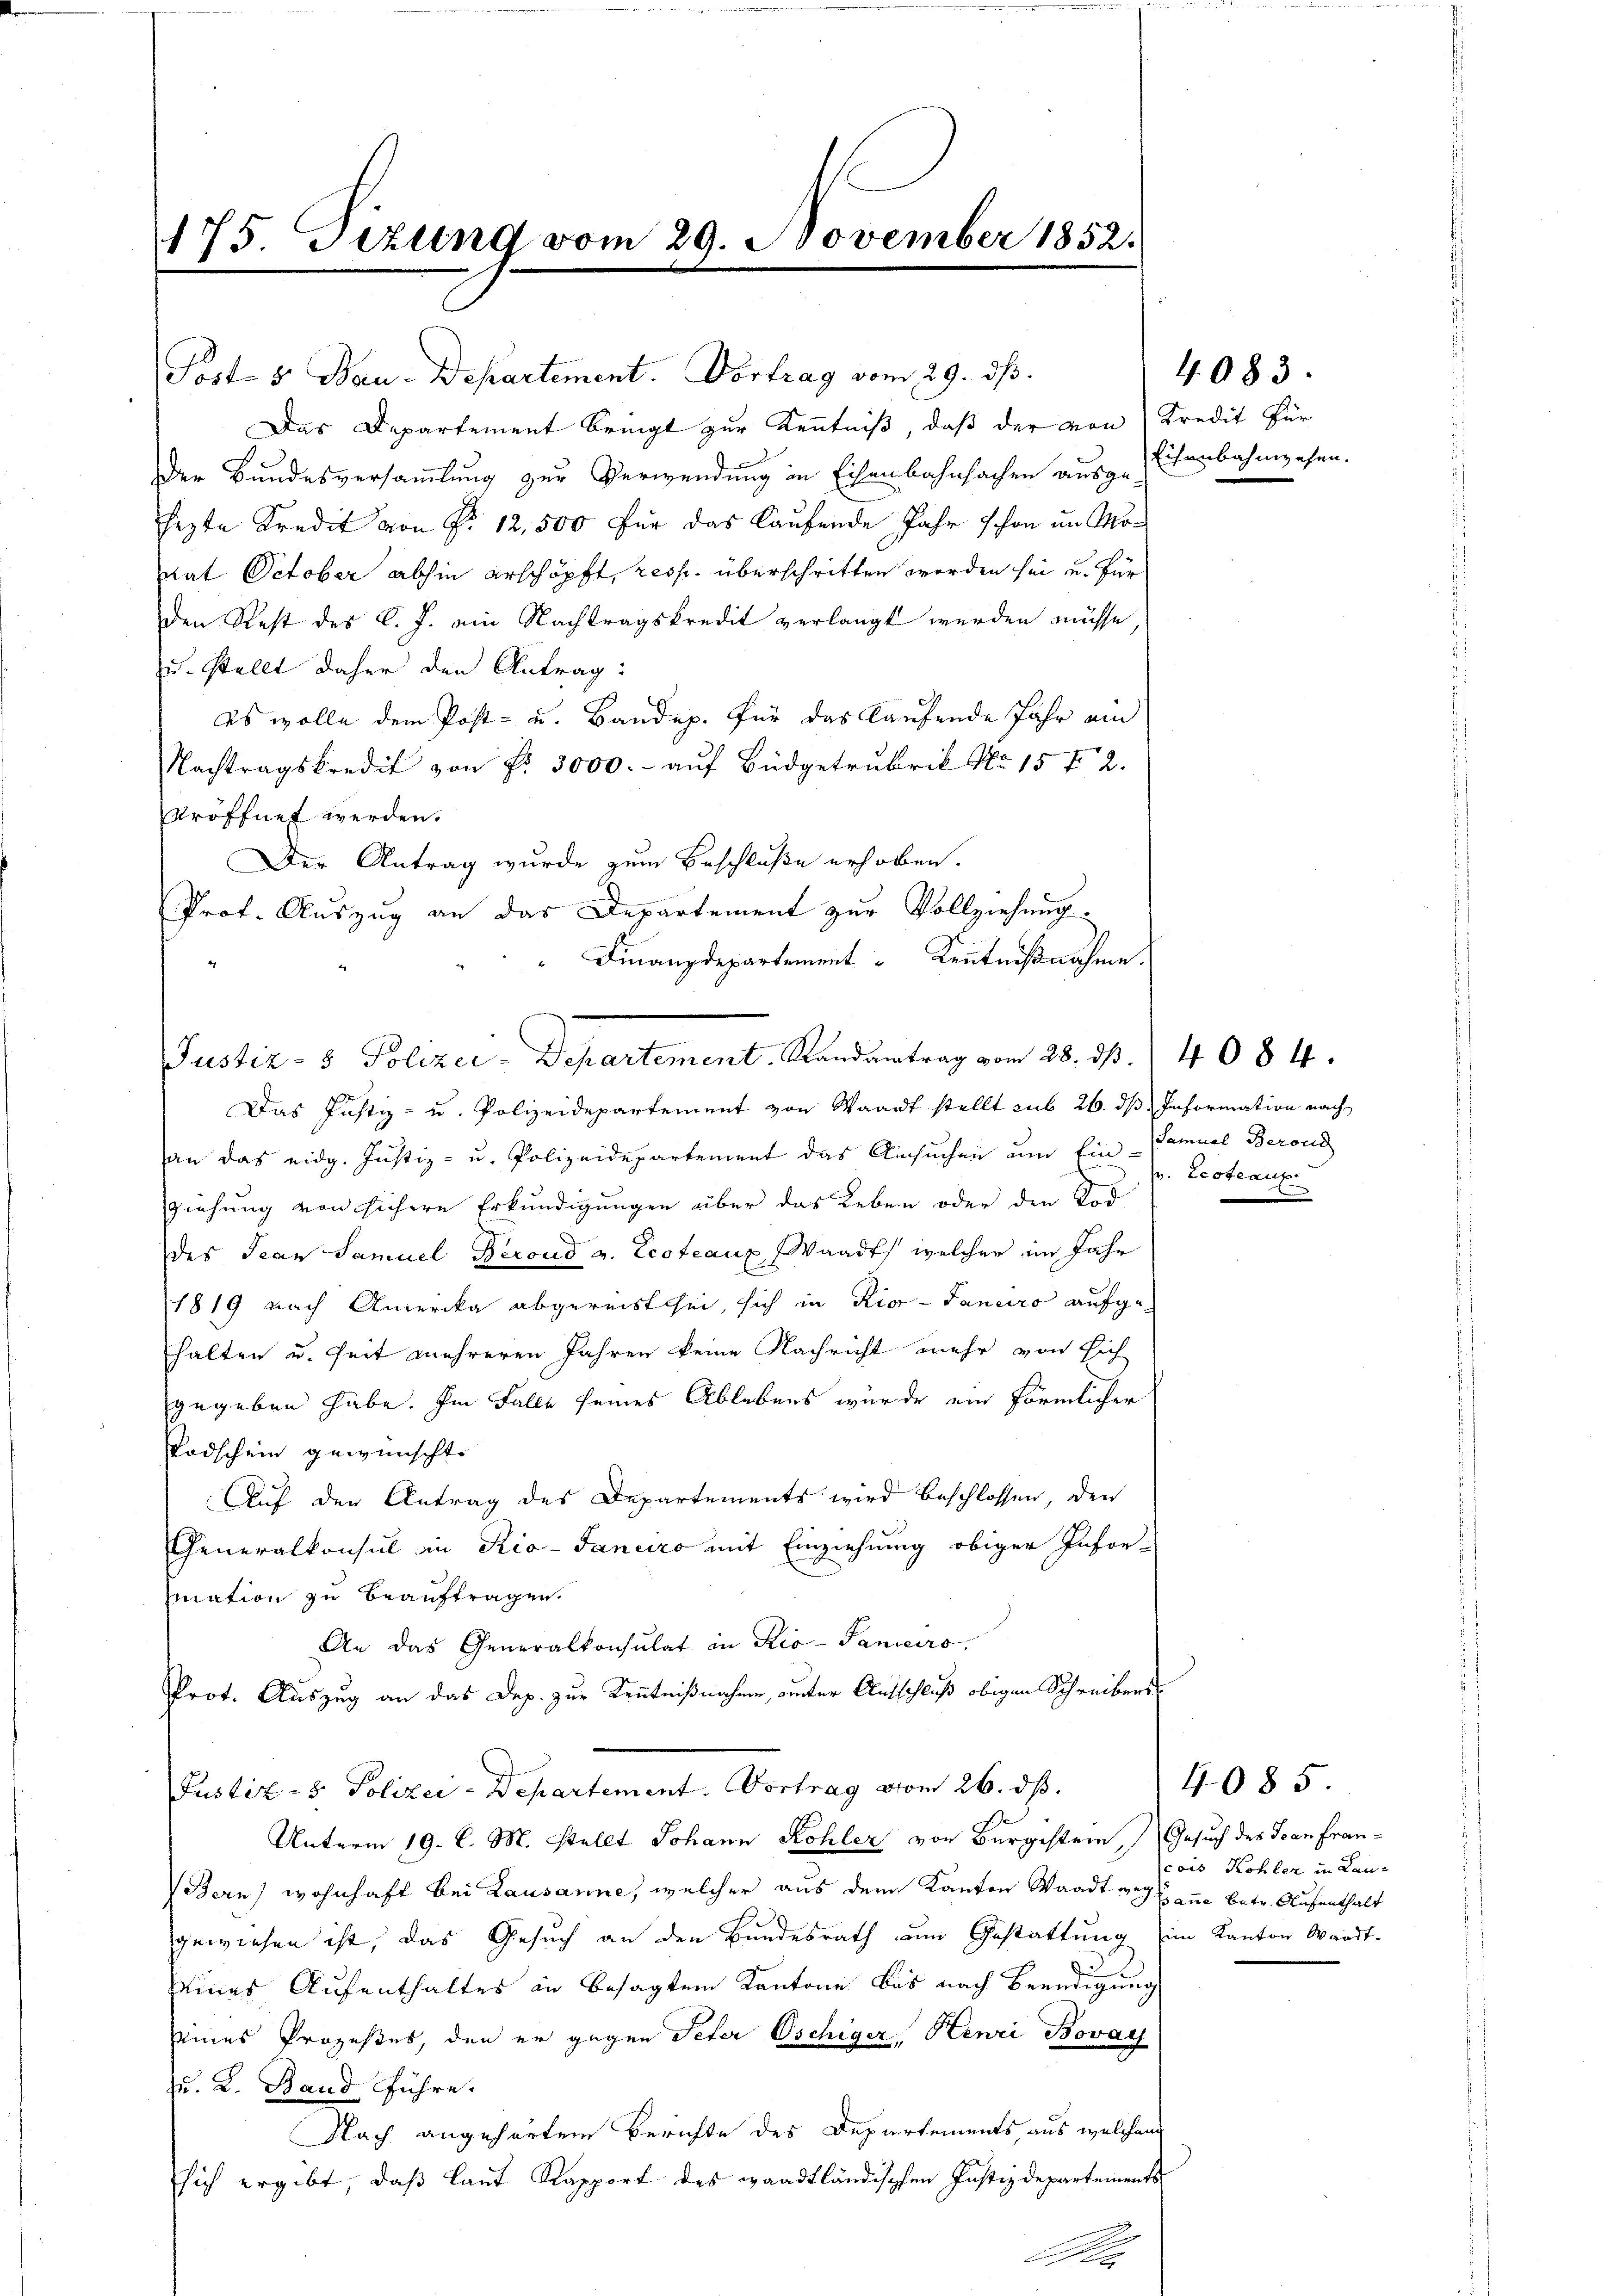
175. Tizung vom 29. November 1852.

Port. 5. Jan. Das

Das Departement bringt zur Kenntniß, daß der von Kredit für
Der Bundesversammlung zur Verwendung in Eisenbahnfachen ausgestenbahnwesen.
sezte Kredit von Nr. 12,500 für das laufende Jahr schon im Monat October abhin erschöpft, resp. überschritten worden sei u. für
den Rest des C. J. ein Nachtragskredit verlangt werden müsse
zu stellt daher den Antrag:
es wolle dem Post- u. Bandep. für das laufende Jahr ein
Nachtragskredit von Nr. 3000.- auf Büdgetrubrik No 15 f 2
eröffnet werden.
Der Antrag wurde zum Beschluße erhoben.
Prof. Auszug an das Departement zur Vollziehung.
Finanzdepartement Kenntnißnahme
Das Justiz- u. Polizeidepartement von Waadt stellt sub 26. ds Information nach
an das eidg. Justiz- u. Polizeidepartement das Ansuchen um Ein Samuel Berond
Ziehung von sichere Erkundigungen über das Leben oder den Tod
Des Jean Samuel Beroud v. Leoteaux, Waadt welcher im Jahr
1819 nach Amerika abgereist sei, sich in Rior-Janeiro aufgehalten u. Zeit mehreren Jahren keine Nachricht mehr von sich
gegeben habe. Im Falle seines Ablebens wurde ein förmlicher
Todschein gewünschte
Auf den Antrag des Departements wird beschlossen, den
Generalkonsul in Rio-Janeiro mit Einziehung obiger Infor-
mation zu beauftragen.
An das Generalkonsulat in Rio-Saniciro,
Prot. Auszug an das Dep. zur Kenntnißnahme, unter Aufschluß obigen Schreibens-
Justiz- & Polizei-Departement. Vortrag vom 26. dβ.
Unterm 19. C. M. stellt Johann Kohler von Burgestein, Gesuch des Jean fran-
Bern) wohnhaft bei Lausanne, welcher aus dem Kanton Waadt weg zu betr. Aufenthalt
gewiesen ist, das Gesuch an den Bundesrath zum Gestattung im Kanton Waadt-
9
seines Aufenthaltes in besagten Kantone bis nach Beendigung
eines Prozeßes, den er gegen Peter Oschiger, Henri Bovay
zu. L. Band Führe.
Nach angehörten Berichte des Departements, aus welchem
sich ergibt, daß laut Rapport des waadtländischen Justizdepartements
A

Justiz- & Polizei-Departement. Randantrag vom 28. dß. 4084.

t. Vortrag vom 29. ds.

4083.

W. Ecotraus.

cois Kohler in Lau-

4085